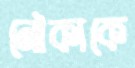
নৌকাকে